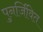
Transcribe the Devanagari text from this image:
पुनर्जिवित